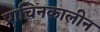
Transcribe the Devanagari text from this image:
प्राचिनकालीन